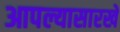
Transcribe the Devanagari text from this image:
आपल्यासारखे